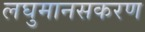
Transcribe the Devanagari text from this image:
लघुमानसकरण